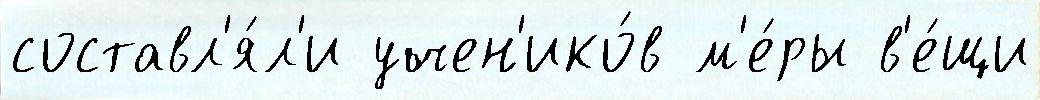
составл'я́л'и учен'ико́в м'е́ры в'е́щи